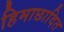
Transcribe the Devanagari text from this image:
हिमाछादित